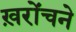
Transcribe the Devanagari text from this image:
ख़रोंचने